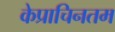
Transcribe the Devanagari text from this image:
केप्राचिनतम